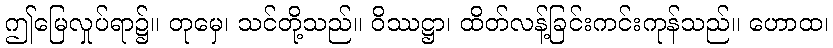
ဤမြေလှုပ်ရာ၌။ တုမှေ၊ သင်တို့သည်။ ဝိဿဋ္ဌာ၊ ထိတ်လန့်ခြင်းကင်းကုန်သည်။ ဟောထ၊